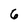
Character: 6